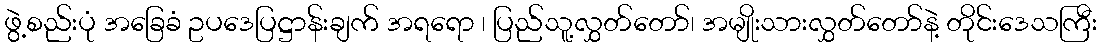
ဖွဲ့စည်းပုံ အခြေခံ ဥပဒေပြဋ္ဌာန်းချက် အရရော ၊ ပြည်သူ့လွှတ်တော်၊ အမျိုးသားလွှတ်တော်နဲ့ တိုင်းဒေသကြီး